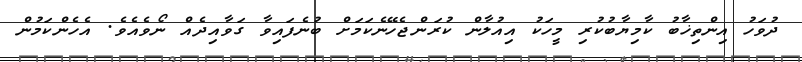
ދުވަހު އިންތިޚާބު ކާމިޔާބުކުރި މީހަކު އިއުލާން ކުރަންޖެހޭނެކަމަށް ބުނެފައިވާ ގަވާއިދެއް ނޯވެއެވެ. އެހެންކަމުން